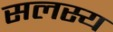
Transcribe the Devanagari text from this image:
सलस्य